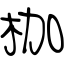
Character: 枷